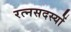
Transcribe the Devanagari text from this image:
रत्नसदस्यों